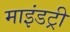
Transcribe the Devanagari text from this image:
माइंडट्री